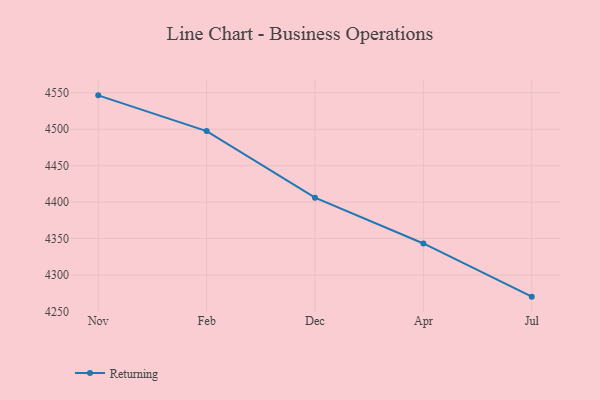
{"axis": {"x": "Month", "y": "Conversion Rate (%)"}, "legend": ["Returning"], "data": [{"x": "Nov", "y": 4546.5, "type": "Returning"}, {"x": "Feb", "y": 4497.4, "type": "Returning"}, {"x": "Dec", "y": 4406.1, "type": "Returning"}, {"x": "Apr", "y": 4343.2, "type": "Returning"}, {"x": "Jul", "y": 4270.2, "type": "Returning"}]}